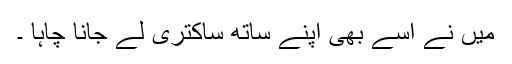
میں نے اسے بھی اپنے ساتھ ساکتری لے جانا چاہا ۔